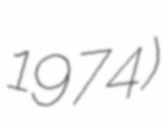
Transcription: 1974)